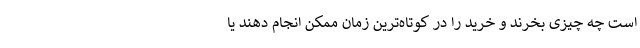
است چه چیزی بخرند و خرید را در کوتاه‌ترین زمان ممکن انجام دهند یا